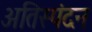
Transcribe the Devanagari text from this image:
अतिस्पंदन